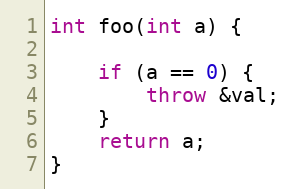
Language: C++
int foo(int a) {

    if (a == 0) {
        throw &val;
    }
    return a;
}